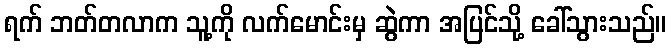
ရက် ဘတ်တလာက သူ့ကို လက်မောင်းမှ ဆွဲကာ အပြင်သို့ ခေါ်သွားသည်။